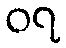
၀၇